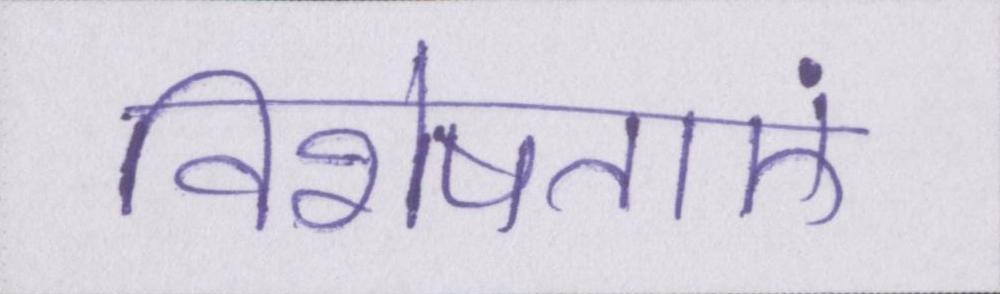
विशेषताएं